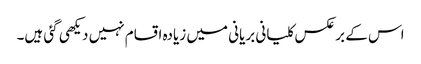
اس کے بر عکس کلیانی بریانی میں زیادہ اقسام نہیں دیکھی گئی ہیں۔